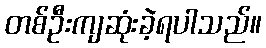
တစ်ဦးကျဆုံးခဲ့ရပါသည်။